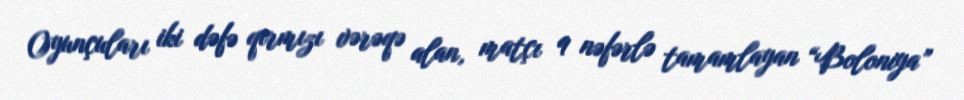
Oyunçuları iki dəfə qırmızı vərəqə alan, matçı 9 nəfərlə tamamlayan “Boloniya”